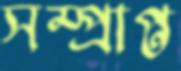
সম্প্রাপ্ত